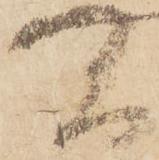
間